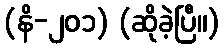
(နိ-၂၀၁) (ဆိုခဲ့ပြီ။)